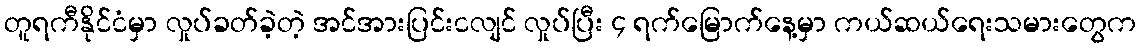
တူရကီနိုင်ငံမှာ လှုပ်ခတ်ခဲ့တဲ့ အင်အားပြင်းငလျင် လှုပ်ပြီး ၄ ရက်မြောက်နေ့မှာ ကယ်ဆယ်ရေးသမားတွေက